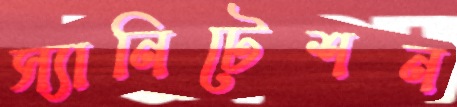
স্যানিটেশন